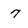
Character: 7